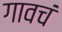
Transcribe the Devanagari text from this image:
गावचं